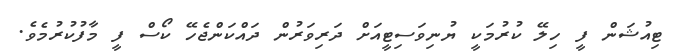
ޓިއުޝަން ފީ ހިލޭ ކުރުމަކީ ޔުނިވަސިޓީއަށް ދަރިވަރުން ދައްކަންޖެހޭ ކޯސް ފީ މާފުކުރުމެވެ.